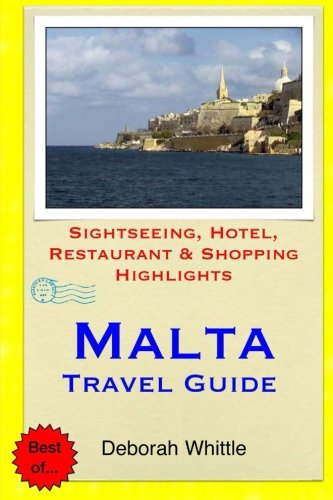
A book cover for Malta Travel Guide: .Sightseeing, Hotel, Restaurant & Shopping Highlight; Deborah Whittle; Travel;